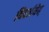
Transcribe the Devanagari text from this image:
विवर्जयेत्